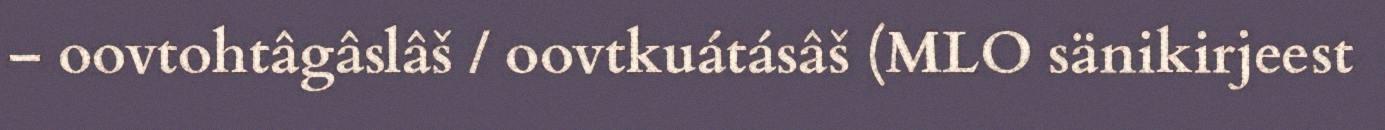
– oovtohtâgâslâš / oovtkuátásâš (MLO sänikirjeest